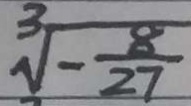
\sqrt [ 3 ] { - \frac { 8 } { 2 7 } }